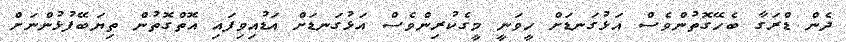
ދެން ޑްރަގާ ބެހޭގޮތުންވެސް އަޅުގަނޑަށް ހީވަނީ މީގެކުރިންވެސް އަޅުގަނޑަށް އަޑުއިވިފައި އޮތްގޮތުން ތިޔަބޭފުޅުންނަށް